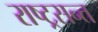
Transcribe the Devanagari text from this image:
राष्ट्रसन्त